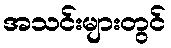
အသင်းများတွင်